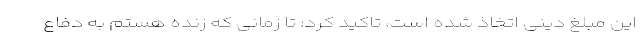
این مبلغ دینی اتخاذ شده است، تاکید کرد: تا زمانی که زنده هستم به دفاع